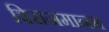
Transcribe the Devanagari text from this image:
विराजमानम